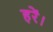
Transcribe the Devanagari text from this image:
हरें।